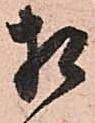
相